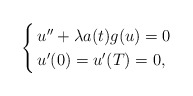
\begin{align*}\begin{cases}\, u'' + \lambda a(t) g(u) = 0 \\\, u'(0)=u'(T)=0,\end{cases}\end{align*}